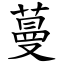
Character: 蔓